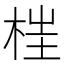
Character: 𣒈